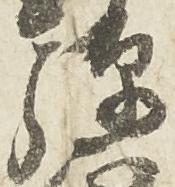
弾